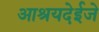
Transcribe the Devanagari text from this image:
आश्रयदेईजे